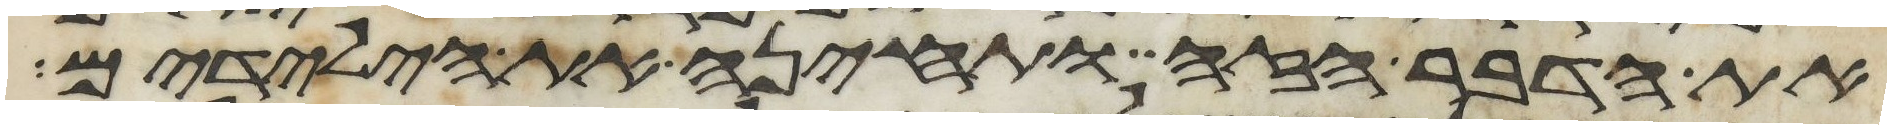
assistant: את הדבר הזה ותחינה את הילדים